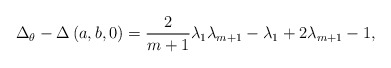
\begin{align*}\Delta_\theta - \Delta \left( a,b,0 \right) = \frac{2}{m+1} \lambda_1 \lambda_{m+1} - \lambda_1 + 2 \lambda_{m+1} -1 ,\end{align*}